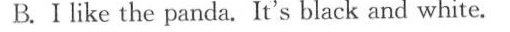
B.Ⅰlike the panda. It's black and white.